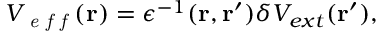
V _ { \textit { e f f } } ( \mathbf { r } ) = \epsilon ^ { - 1 } ( \mathbf { r } , \mathbf { r } ^ { \prime } ) \delta V _ { e x t } ( \mathbf { r } ^ { \prime } ) ,